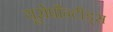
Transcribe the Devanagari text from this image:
यूरोपौन्टीड्स